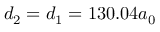
d _ { 2 } = d _ { 1 } = 1 3 0 . 0 4 a _ { 0 }